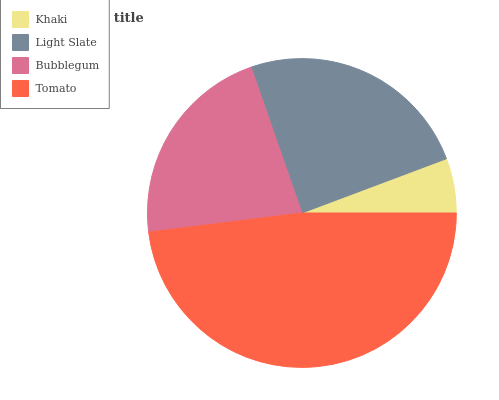
| Khaki | Light Slate | Bubblegum | Tomato |
 | --- | --- | --- | --- |
 | 5.71% | 24.6% | 21.6% | 48% |